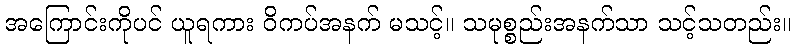
အကြောင်းကိုပင် ယူရကား ဝိကပ်အနက် မသင့်။ သမုစ္စည်းအနက်သာ သင့်သတည်း။